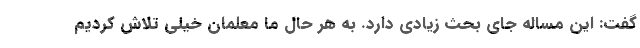
گفت: این مساله جای بحث زیادی دارد. به هر حال ما معلمان خیلی تلاش کردیم